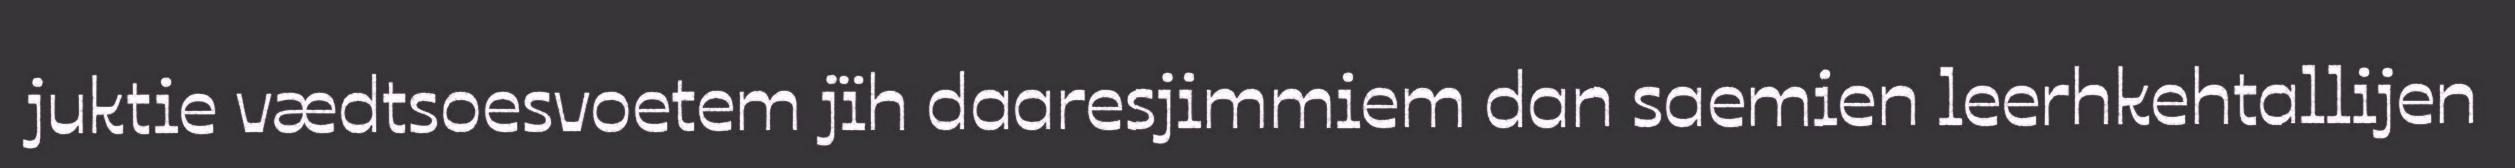
juktie vædtsoesvoetem jïh daaresjimmiem dan saemien leerhkehtallijen